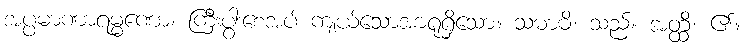
အပ္ပမာဏာရမ္မဏော၊ ကြီးပွါးစေအပ် ကျယ်သောအာရုံရှိသော။ သမာဓိ၊ သည်။ အတ္ထိ၊ ၏။